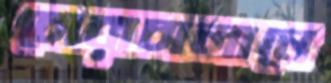
চোরাচালানে